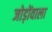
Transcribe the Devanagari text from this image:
जोड़ोंवाला